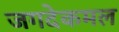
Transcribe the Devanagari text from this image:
जगदेकमल